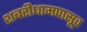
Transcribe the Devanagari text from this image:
शबरीधामपासूव